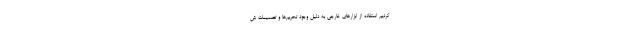
کردیم استفاده از ابزارهای خارجی به دلیل وجود تحریم‌ها و تصمیمات ش